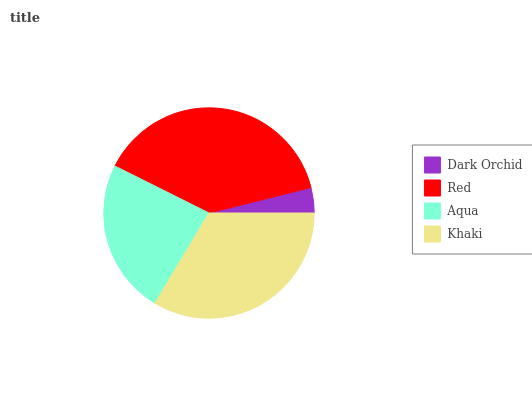
| Dark Orchid | Red | Aqua | Khaki |
 | --- | --- | --- | --- |
 | 3.89% | 38.7% | 23.7% | 33.6% |